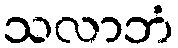
သလာဘံ